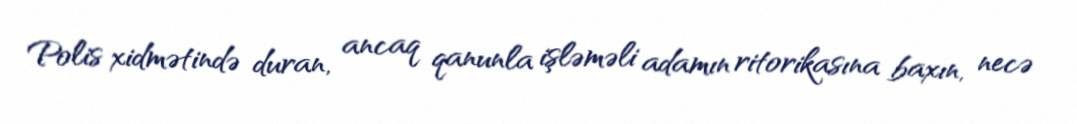
Polis xidmətində duran, ancaq qanunla işləməli adamın ritorikasına baxın, necə